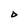
Character: D